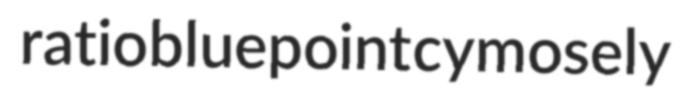
ratio bluepoint cymosely